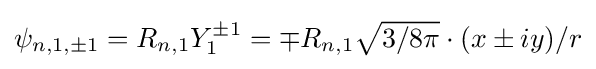
{\textstyle \psi _{n,1,\pm 1}=R_{n,1}Y_{1}^{\pm 1}=\mp R_{n,1}{\sqrt {3/8\pi }}\cdot (x\pm iy)/r}